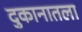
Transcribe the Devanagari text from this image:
दुकानातला